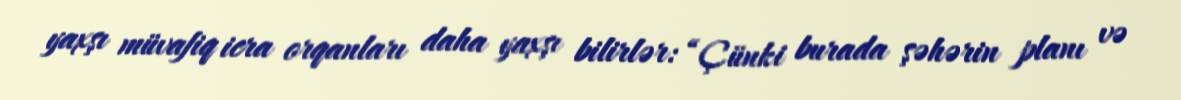
yaxşı müvafiq icra orqanları daha yaxşı bilirlər: “Çünki burada şəhərin planı və